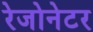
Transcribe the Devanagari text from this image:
रेजोनेटर